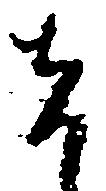
者